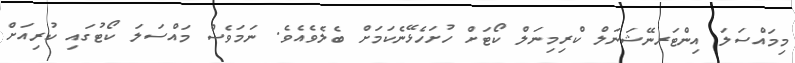
މިމައްސަލަ އިންޓަރނޭޝަނަލް ކްރިމިނަލް ކޯޓަށް ހުށަހެޅޭނެކަމަށް ބެލެވެއެވެ. ނަމަވެސް މައްސަލަ ކޯޓުގައި ކުރިއަށް